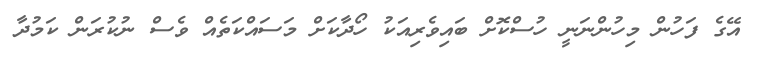
އޭގެ ފަހުން މިހުންނަނީ ހުސްކޮށް ބައިވެރިއަކު ހޯދާކަށް މަސައްކަތެއް ވެސް ނުކުރަން ކަމުދާ